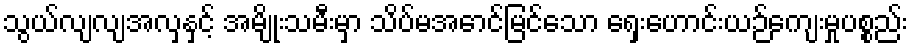
သွယ်လျလျအလှနှင့် အမျိုးသမီးမှာ သိပ်မအောင်မြင်သော ရှေးဟောင်းယဉ်ကျေးမှုပစ္စည်း